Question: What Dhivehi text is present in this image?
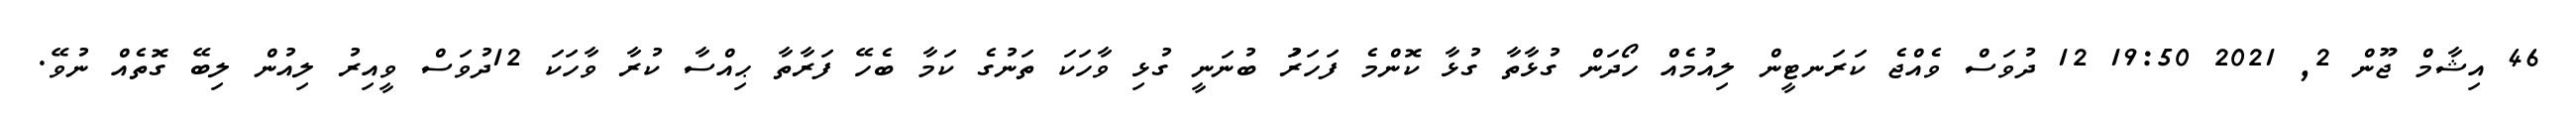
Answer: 46 އިޝާމް ޖޫން 2, 2021 19:50 12 ދުވަސް ވެއްޖެ ކަރަނޓީން ލިއުމެއް ހޯދަން ގުޅާތާ ގުޅާ ކޮންމެ ފަހަރަު ބުނަނީ ގުޅި ވާހަކަ ތަނުގެ ކަމާ ބެހޭ ފަރާތާ ޙިއްސާ ކުރާ ވާހަކަ 12ދުވަސް ވީއިރު ލިއުން ލިބޭ ގޮތެއް ނުވޭ.